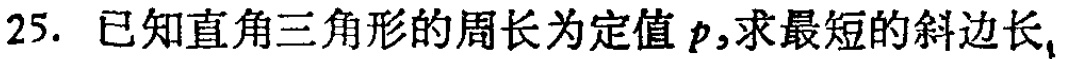
25. 已知直角三角形的周长为定值\(p\)，求最短的斜边长，